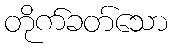
တိုက်ခတ်သော